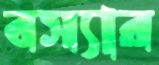
বস্যার